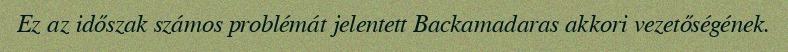
Ez az időszak számos problémát jelentett Backamadaras akkori vezetőségének.